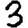
Digit: 3